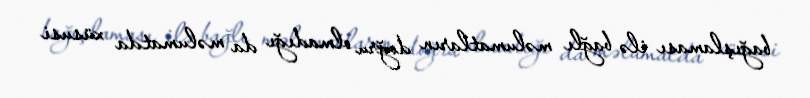
bağışlaması ilə bağlı məlumatların doğru olmadığı da məlumatda xüsusi